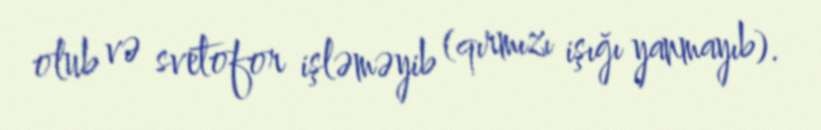
olub və svetofor işləməyib (qırmızı işığı yanmayıb).